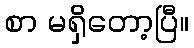
စာ မရှိတော့ပြီ။